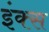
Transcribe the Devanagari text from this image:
इंक्स